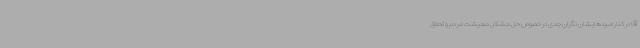
آقا در کنار امیدهایشان نگران جدی در خصوص حل مشکل معیشت مردم و تحقق